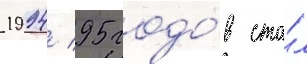
1994/ 95 годо́в ста́л